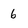
Character: 6